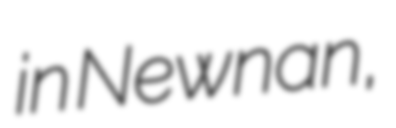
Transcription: in Newnan,